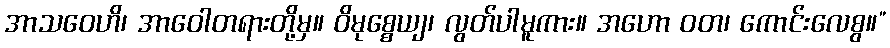
အာသဝေဟိ၊ အာဝေါတရားတို့မှ။ ဝိမုစ္စေယျ၊ လွတ်ပါမူကား။ အဟော ဝတ၊ ကောင်းလေစွ။”